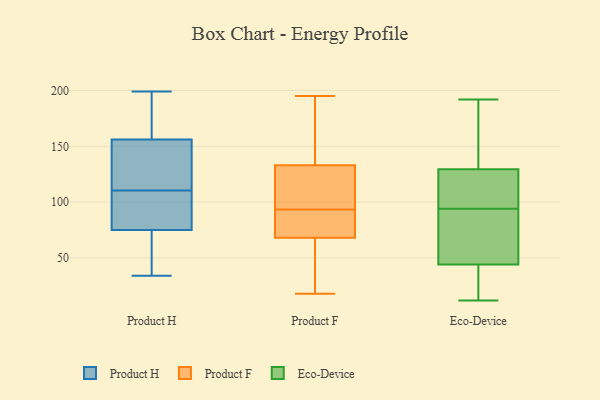
{"axis": {"x": "Humidity (%)", "y": "Value"}, "legend": ["Eco-Device", "Product F", "Product H"], "data": [{"x": "", "y": 69, "type": "Product H"}, {"x": "", "y": 142, "type": "Product H"}, {"x": "", "y": 156, "type": "Product H"}, {"x": "", "y": 75, "type": "Product H"}, {"x": "", "y": 90, "type": "Product H"}, {"x": "", "y": 97, "type": "Product H"}, {"x": "", "y": 34, "type": "Product H"}, {"x": "", "y": 48, "type": "Product H"}, {"x": "", "y": 174, "type": "Product H"}, {"x": "", "y": 148, "type": "Product H"}, {"x": "", "y": 151, "type": "Product H"}, {"x": "", "y": 100, "type": "Product H"}, {"x": "", "y": 121, "type": "Product H"}, {"x": "", "y": 199, "type": "Product H"}, {"x": "", "y": 156, "type": "Product H"}, {"x": "", "y": 57, "type": "Product H"}, {"x": "", "y": 93, "type": "Product H"}, {"x": "", "y": 174, "type": "Product H"}, {"x": "", "y": 181, "type": "Product F"}, {"x": "", "y": 68, "type": "Product F"}, {"x": "", "y": 108, "type": "Product F"}, {"x": "", "y": 195, "type": "Product F"}, {"x": "", "y": 86, "type": "Product F"}, {"x": "", "y": 86, "type": "Product F"}, {"x": "", "y": 118, "type": "Product F"}, {"x": "", "y": 133, "type": "Product F"}, {"x": "", "y": 29, "type": "Product F"}, {"x": "", "y": 130, "type": "Product F"}, {"x": "", "y": 80, "type": "Product F"}, {"x": "", "y": 66, "type": "Product F"}, {"x": "", "y": 152, "type": "Product F"}, {"x": "", "y": 96, "type": "Product F"}, {"x": "", "y": 18, "type": "Product F"}, {"x": "", "y": 48, "type": "Product F"}, {"x": "", "y": 91, "type": "Product F"}, {"x": "", "y": 174, "type": "Product F"}, {"x": "", "y": 12, "type": "Eco-Device"}, {"x": "", "y": 36, "type": "Eco-Device"}, {"x": "", "y": 192, "type": "Eco-Device"}, {"x": "", "y": 94, "type": "Eco-Device"}, {"x": "", "y": 122, "type": "Eco-Device"}, {"x": "", "y": 67, "type": "Eco-Device"}, {"x": "", "y": 143, "type": "Eco-Device"}, {"x": "", "y": 44, "type": "Eco-Device"}, {"x": "", "y": 112, "type": "Eco-Device"}, {"x": "", "y": 45, "type": "Eco-Device"}, {"x": "", "y": 132, "type": "Eco-Device"}]}